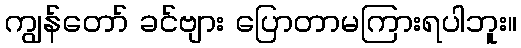
ကျွန်တော် ခင်ဗျား ပြောတာမကြားရပါဘူး။